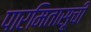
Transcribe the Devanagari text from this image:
पारमितासूची